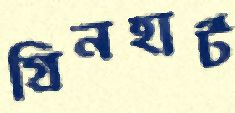
গ্রিনহার্ট